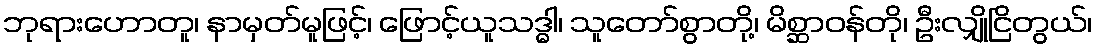
ဘုရားဟောတူ၊ နာမှတ်မူဖြင့်၊ ဖြောင့်ယူသဒ္ဓါ၊ သူတော်စွာတို့၊ မိစ္ဆာဝန်တို၊ ဦးလျှိုငြိတွယ်၊